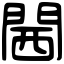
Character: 閪